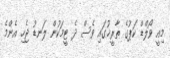
މިއީ ވޯލްޑް ކަޕުގެ ތާރީޚުގައި ވެސް ދެ ޓީމަކުން ލަނޑު ޖެހި އެންމެ